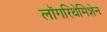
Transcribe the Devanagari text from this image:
लॉगरिथेमिशेन